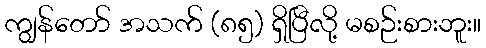
ကျွန်တော် အသက် (၈၅) ရှိပြီလို့ မစဉ်းစားဘူး။